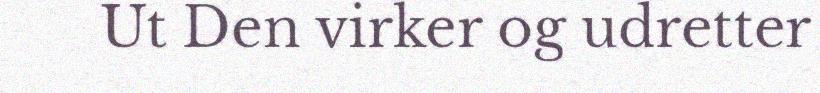
Ut Den virker og udretter